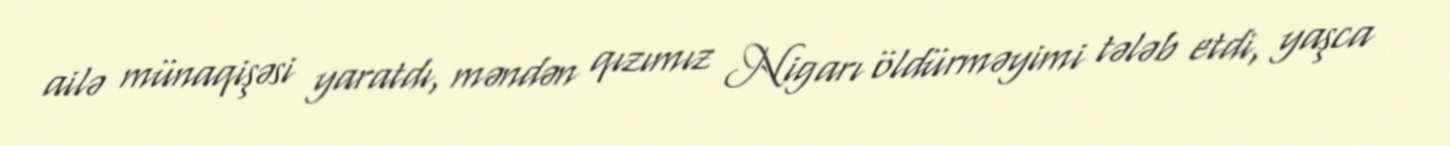
ailə münaqişəsi yaratdı, məndən qızımız Nigarı öldürməyimi tələb etdi, yaşca